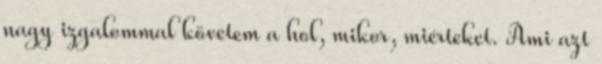
nagy izgalommal követem a hol, mikor, miérteket. Ami azt